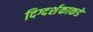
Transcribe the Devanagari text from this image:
दिग्दर्शकाकडे